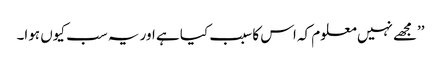
’’مجھے نہیں معلوم کہ اس کا سبب کیا ہے اور یہ سب کیوں ہوا۔